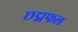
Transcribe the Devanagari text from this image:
छद्मफल